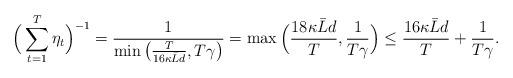
LaTeX: \begin{align*} \Big(\sum_{t=1}^{T}\eta_t\Big)^{-1} = \frac{1}{\min\big(\frac{T}{16\kappa \bar{L}d},T\gamma\big)} = \max\Big(\frac{18\kappa \bar{L}d}{T},\frac{1}{T\gamma}\Big) \leq \frac{16\kappa \bar{L}d}{T}+\frac{1}{T\gamma}. \end{align*}